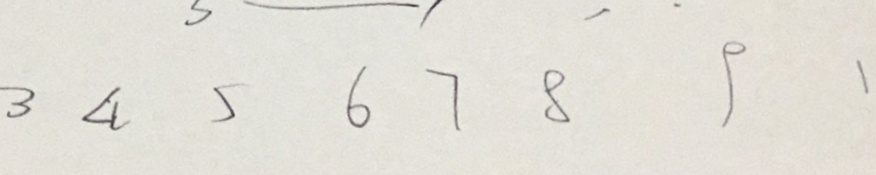
3 4 5 6 7 8 9 1